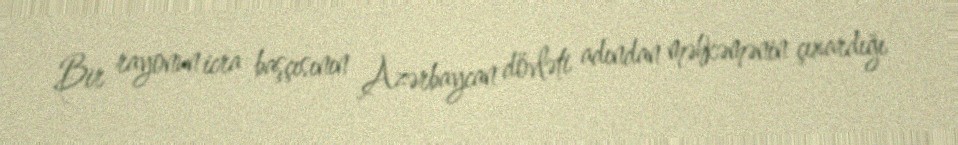
Bir rayonun icra başçısının Azərbaycan dövləti adından məhkəmənin çıxardığı